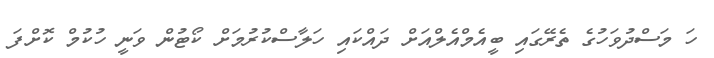
ހަ މަސްދުވަހުގެ ތެރޭގައި ބީއެމްއެލްއަށް ދައްކައި ހަލާސްކުރުމަށް ކޯޓުން ވަނީ ހުކުމް ކޮށްފަ